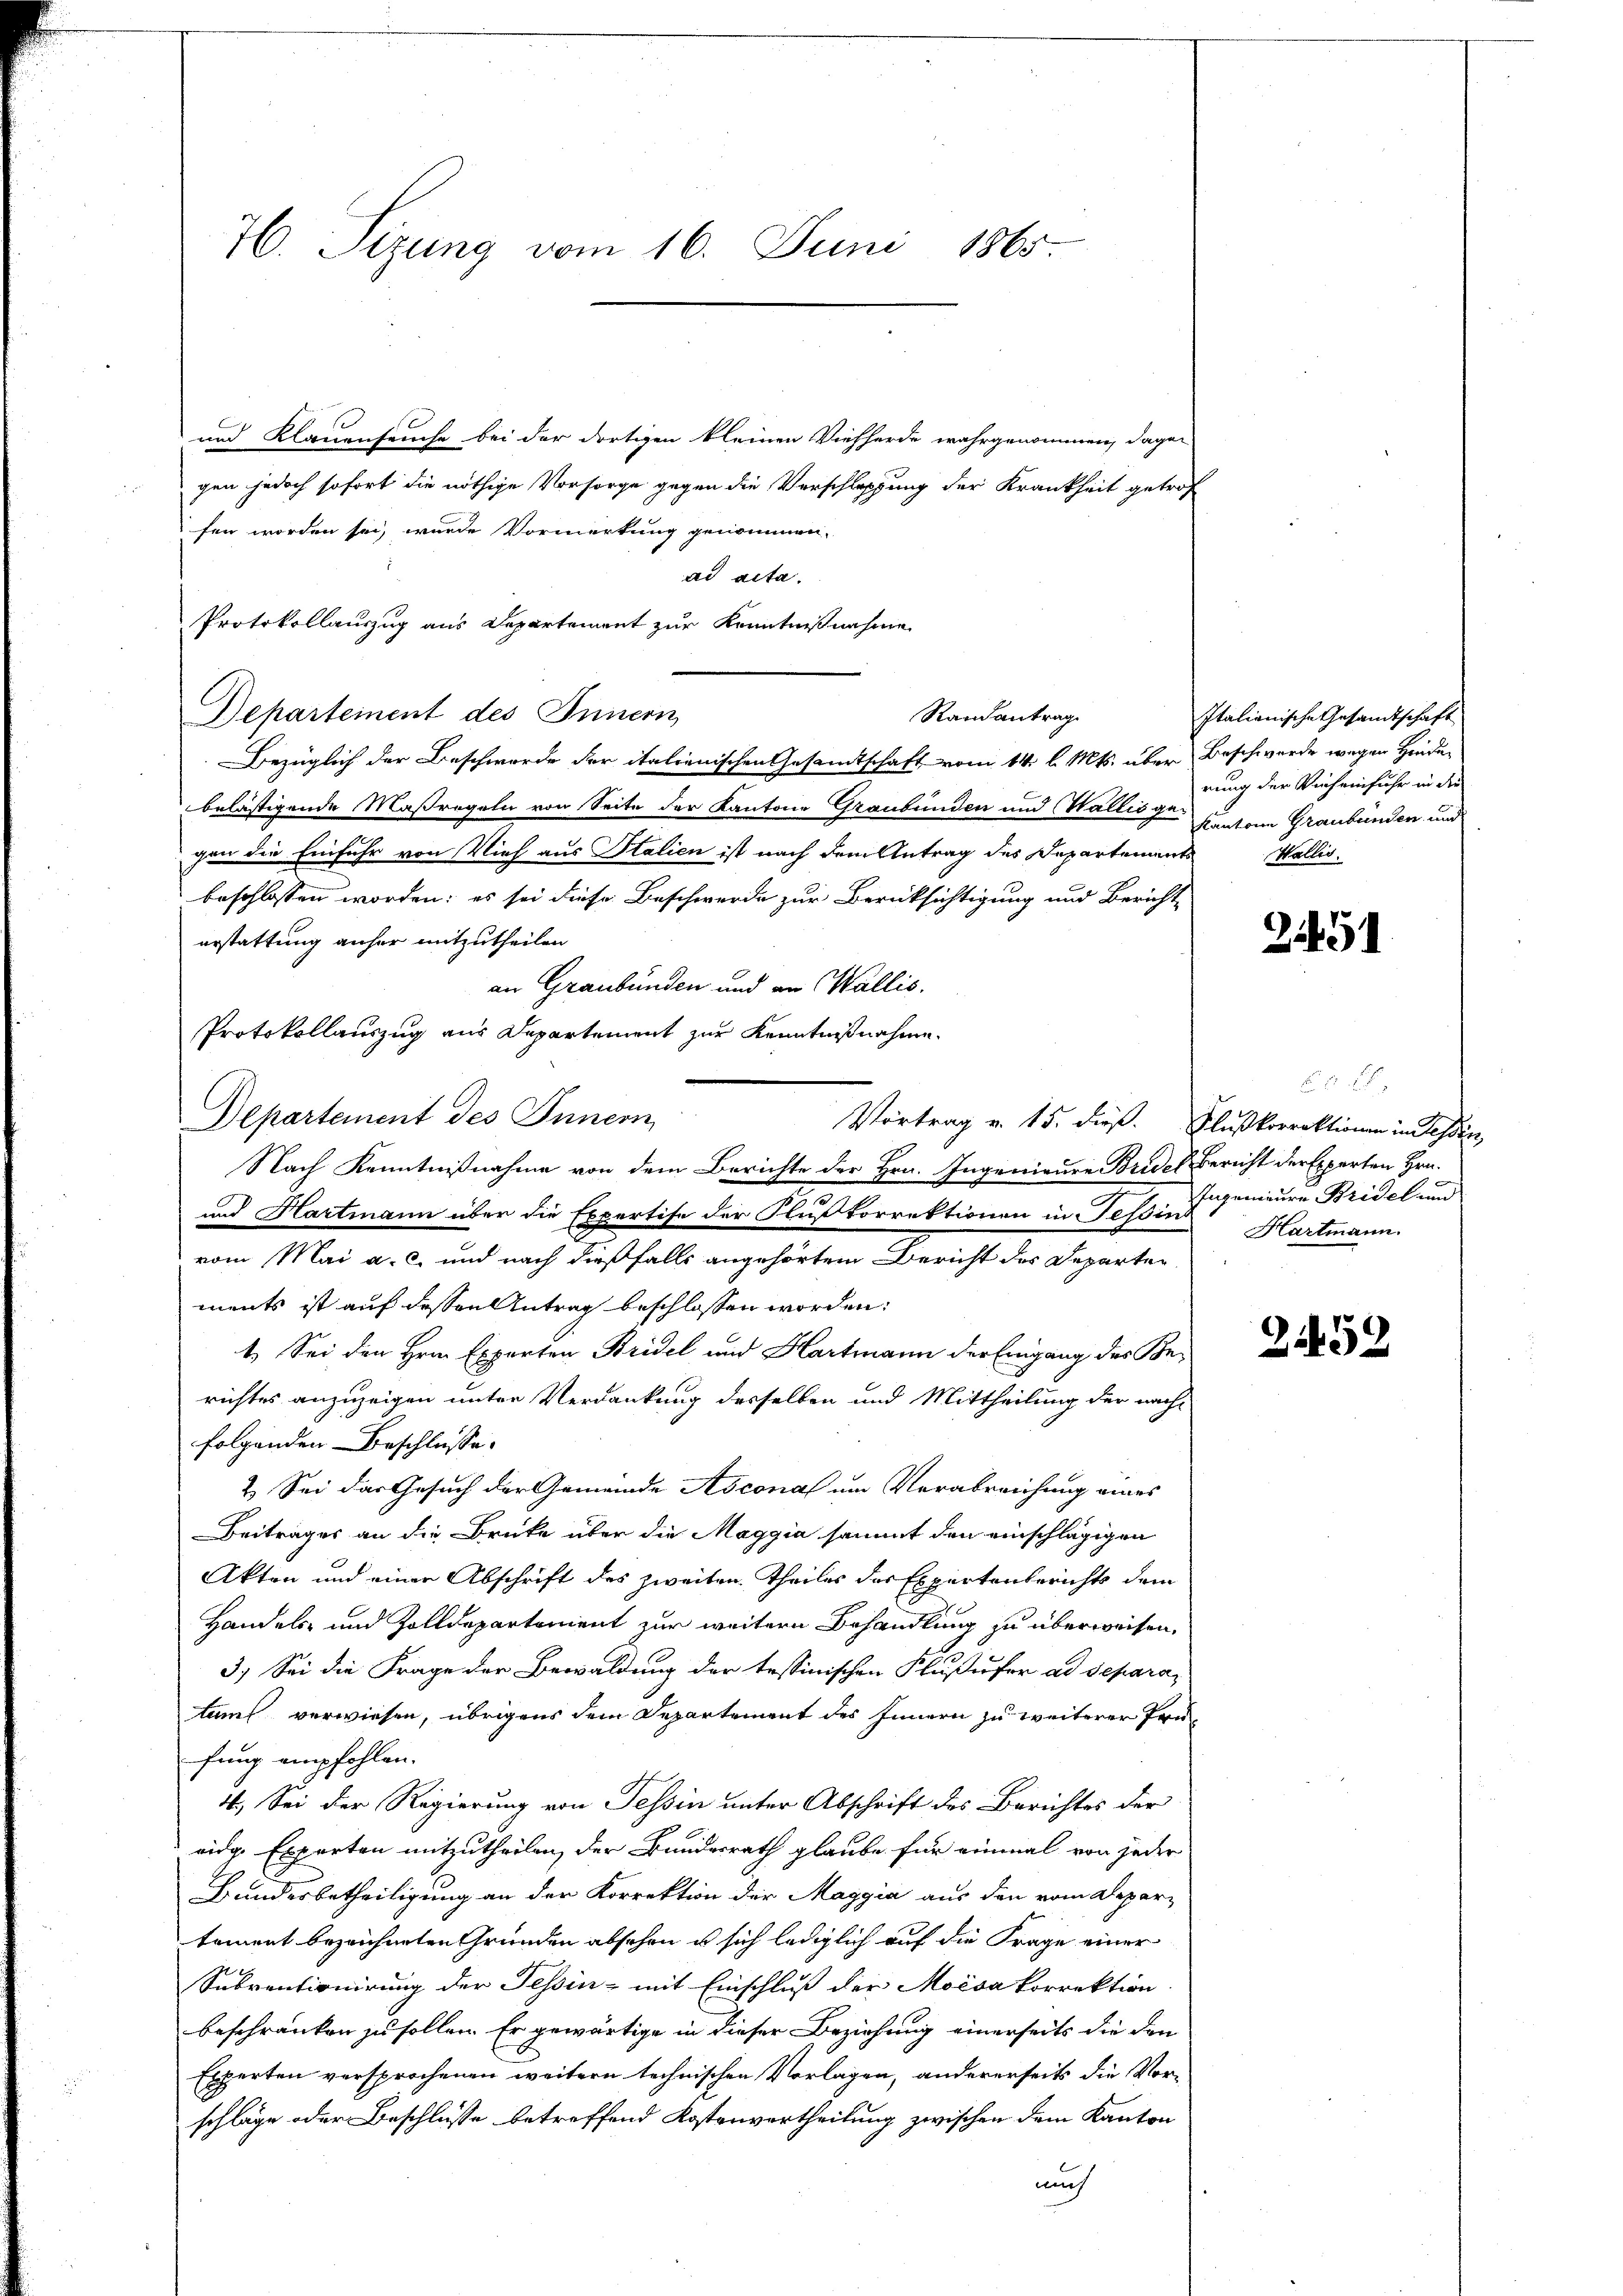
76. Sizung vom 16. Juni 1865.

und Klauenseuche bei der dortigen kleinen Viehherde wahrgenommen, dage
gen jedoch sofort die nöthige Vorsorge gegen die Verschlaffung der Krankheit getrof
fen worden sei, wurde Vormerkung genommen,
ad acta.
Protokollauszug aus Departement zur Kenntnißnahme
Randantrag
Departement des Innern
Bezüglich der Beschwerde der italienischen Gesamtschaft vom 14. l. Mts. über Beschwerde wegen Hinde-
belästigende Maßregeln von Seite der Kantone Graubünden und Wallis ge- Cantone Graubünden und
gen die Einfuhr von Vieh aus Italien ist nach dem Antrag des Departements
beschlossen worden; es sei diese Beschwerde zur Berücksichtigung und Bericht
erstattung anher mitzutheilen
an Graubünden und an Wallis.
Vortrag v. 15. dieß. Flußkorrektionen in Tessin,
und Hartmann über die Expertise der Flußkorrektionen in Tessin Hartmann.
vom Mai a. c. und nach dießfalls angehörten Bericht der Departen
ments ist auf dessen Antrag beschlossen worden:
1. Sei den Hrn. Experten Bridel und Hartmann der Eingang des Berichtes anzuzeigen unter Verdankung desselben und Mittheilung der nach-
folgenden Beschlüsse.
2. Sei das Gesuch der Gemeinde Asconal um Verabreichung eines
Beitrages an die Brücke über die Maggia sammt den einschlägigen
Akten und einer Abschrift des zweiten Theiles der Expertenberichts dem
Handels- und Zolldepartement zur weitern Behandlung zu überweisen,
3.) Sei die Frage der Bewaldung der tessinischen Flußufer ad separatauf verwiesen, übrigens dem Departement des Innern zu weiterer Prüfung empfohlen.
4.) Sei der Regierung von Tessin unter Abschrift des Berichtes der
eidge Experten mitzutheilen, der Bundesrath glaube für einmal von jeder
Bundesbetheiligung an der Korrektion der Maggia aus den vom Depar-
tement bezeichneten Gründen abschen u sich lediglich auf die Frage einer
Subventionirung der Tessin - mit Einschluß der Moisa korrektion
beschränken zu sollen. Er gewärtige in dieser Beziehung einerseits die den
Experten versprochenen weitern technischen Vorlagen, andererseits die Vor-
schläge oder Beschlüsse betreffend Kostenvertheilung zwischen dem Kanton
mich

Protokollauszug aus Departement zur Kenntnißnahme.
Departement des Innern
Nach Kenntnißnahme von dem Berichte der Hrn. Ingenieure Bridel Bericht der Experten Hrn.

Italienische Gesandtschaft
rung der Vieheinfuhr in die
Wallis.

21451

1
Ingenieure Bridel und

3459